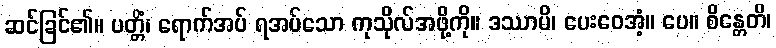
ဆင်ခြင်၏။ ပတ္တိံ၊ ရောက်အပ် ရအပ်သော ကုသိုလ်အဖို့ကို။ ဒဿာမိ၊ ပေးဝေအံ့။ ပေ။ စိန္တေတိ၊